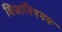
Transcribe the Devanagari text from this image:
शिक्षाविषयक